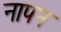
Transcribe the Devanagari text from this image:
नापन